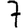
Digit: 7